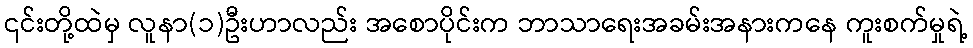
၎င်းတို့ထဲမှ လူနာ(၁)ဦးဟာလည်း အစောပိုင်းက ဘာသာရေးအခမ်းအနားကနေ ကူးစက်မှုရဲ့